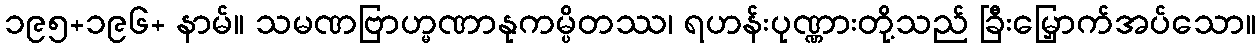
၁၉၅+၁၉၆+ နာမ်။ သမဏဗြာဟ္မဏာနုကမ္ပိတဿ၊ ရဟန်းပုဏ္ဏားတို့သည် ခြီးမြှောက်အပ်သော။